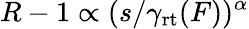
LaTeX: R-1\propto(s/\gamma_{\mathrm{rt}}(F))^{\alpha}